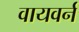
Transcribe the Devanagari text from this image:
वायवर्न